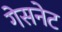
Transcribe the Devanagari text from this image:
गेसनेट